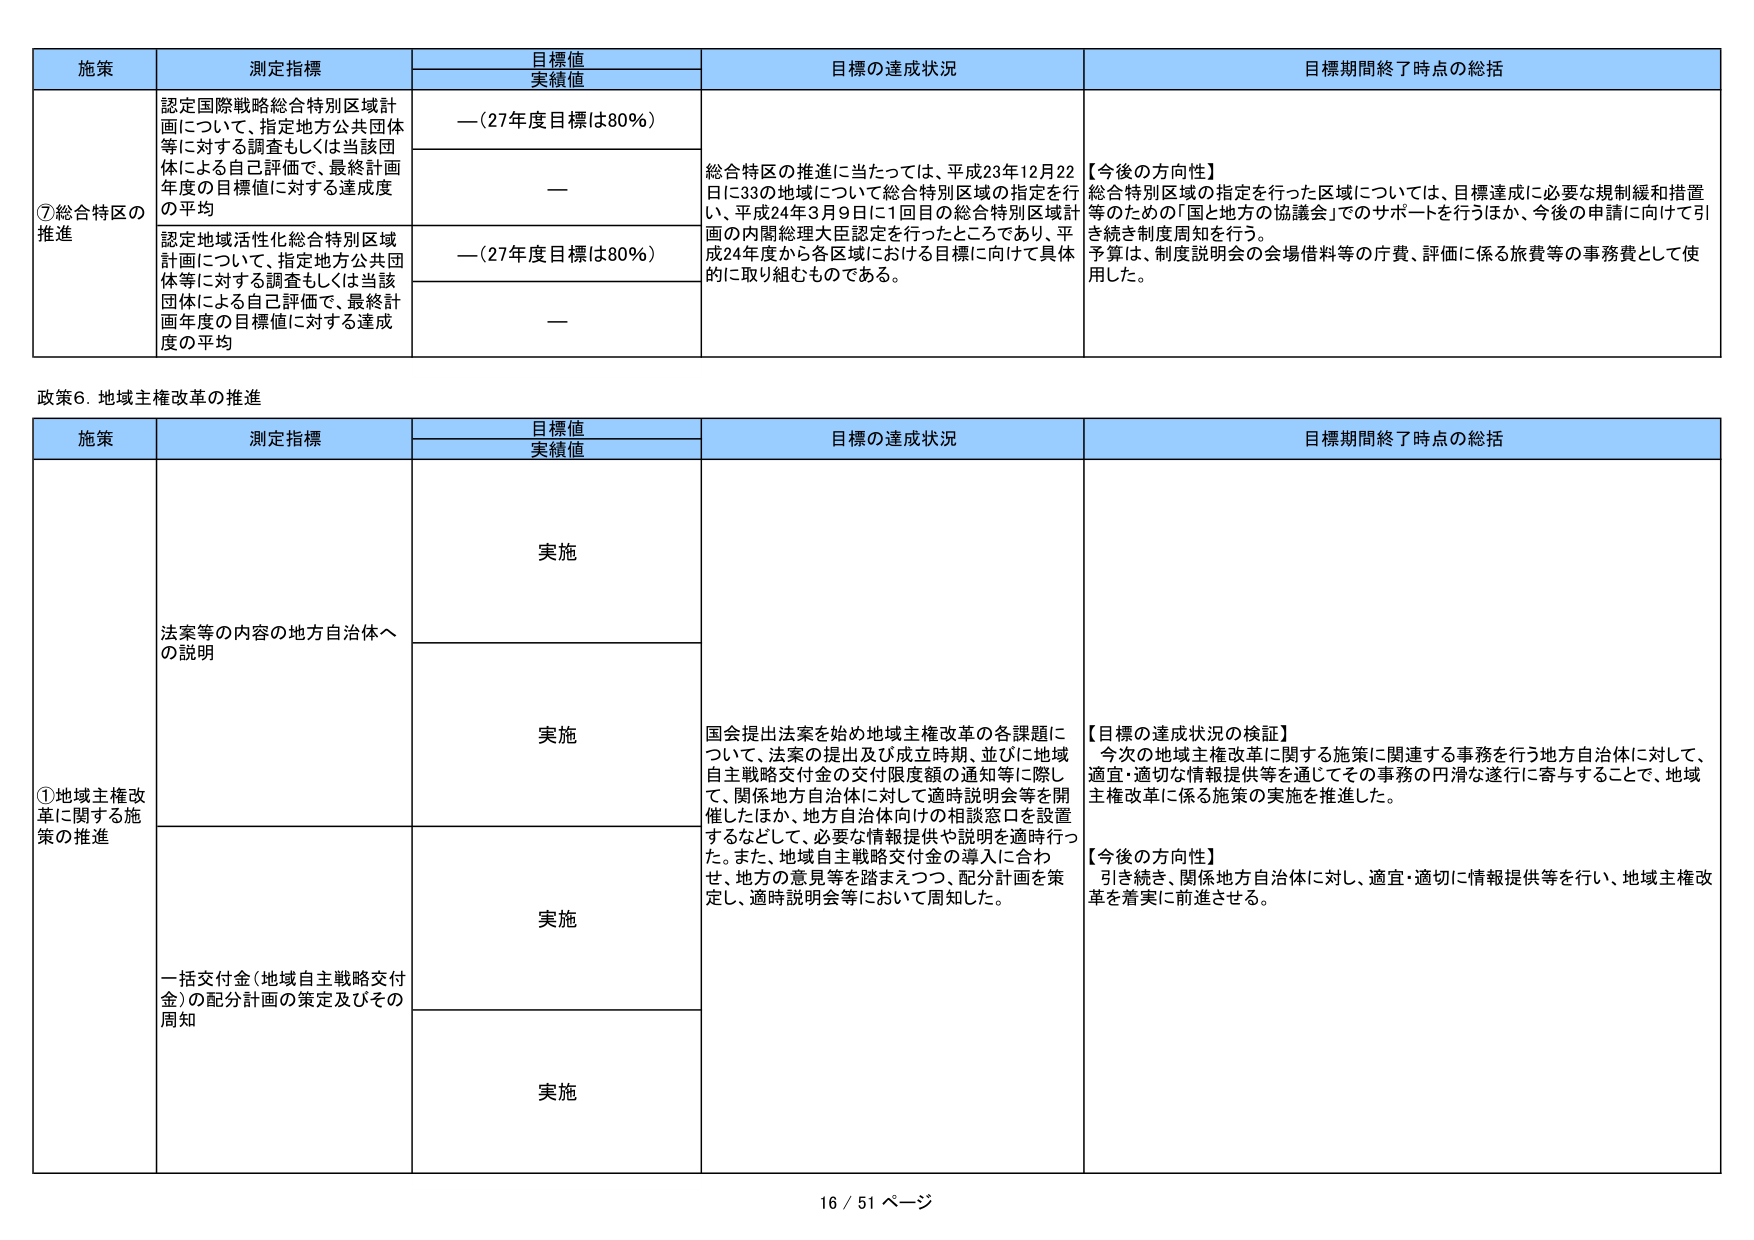
施策 測定指標 目標値 実績値 目標の達成状況 目標期間終了時点の総括 ⑦総合特区の推進 認定国際戦略総合特別区域計画について、指定地方公共団体等に対する調査もしくは当該団体による自己評価で、最終計画年度の目標値に対する達成度の平均 —（27年度目標は80％） — 総合特区の推進に当たっては、平成23年12月22日に33の地域について総合特別区域の指定を行い、平成24年3月9日に1回目の総合特別区域計画の内閣総理大臣認定を行ったところであり、平成24年度から各区域における目標に向けて具体的に取り組むものである。 【今後の方向性】 総合特別区域の指定を行った区域については、目標達成に必要な規制緩和措置等のための「国と地方の協議会」でのサポートを行うほか、今後の申請に向けて引き続き制度周知を行う。 予算は、制度説明会の会場借料等の庁費、評価に係る旅費等の事務費として使用した。 認定地域活性化総合特別区域計画について、指定地方公共団体等に対する調査もしくは当該団体による自己評価で、最終計画年度の目標値に対する達成度の平均 —（27年度目標は80％） — 政策6. 地域主権改革の推進 施策 測定指標 目標値 実績値 目標の達成状況 目標期間終了時点の総括 ①地域主権改革に関する施策の推進 法案等の内容の地方自治体への説明 実施 実施 国会提出法案を始め地域主権改革の各課題について、法案の提出及び成立時期、並びに地域自主戦略交付金の交付限度額の通知等に際して、関係地方自治体に対して適時説明会等を開催したほか、地方自治体向けの相談窓口を設置するなどして、必要な情報提供や説明を適時行った。また、地域自主戦略交付金の導入に合わせ、地方の意見等を踏まえつつ、配分計画を策定し、適時説明会等において周知した。 【目標の達成状況の検証】 今次の地域主権改革に関する施策に関連する事務を行う地方自治体に対して、適宜・適切な情報提供等を通じてその事務の円滑な遂行に寄与することで、地域主権改革に係る施策の実施を推進した。 【今後の方向性】 引き続き、関係地方自治体に対し、適宜・適切に情報提供等を行い、地域主権改革を着実に前進させる。 一括交付金（地域自主戦略交付金）の配分計画の策定及びその周知 実施 実施 16 / 51 ページ